65_HS1-834228961_62-HQ-83894_Section_4
Agency: FBI
Page 97
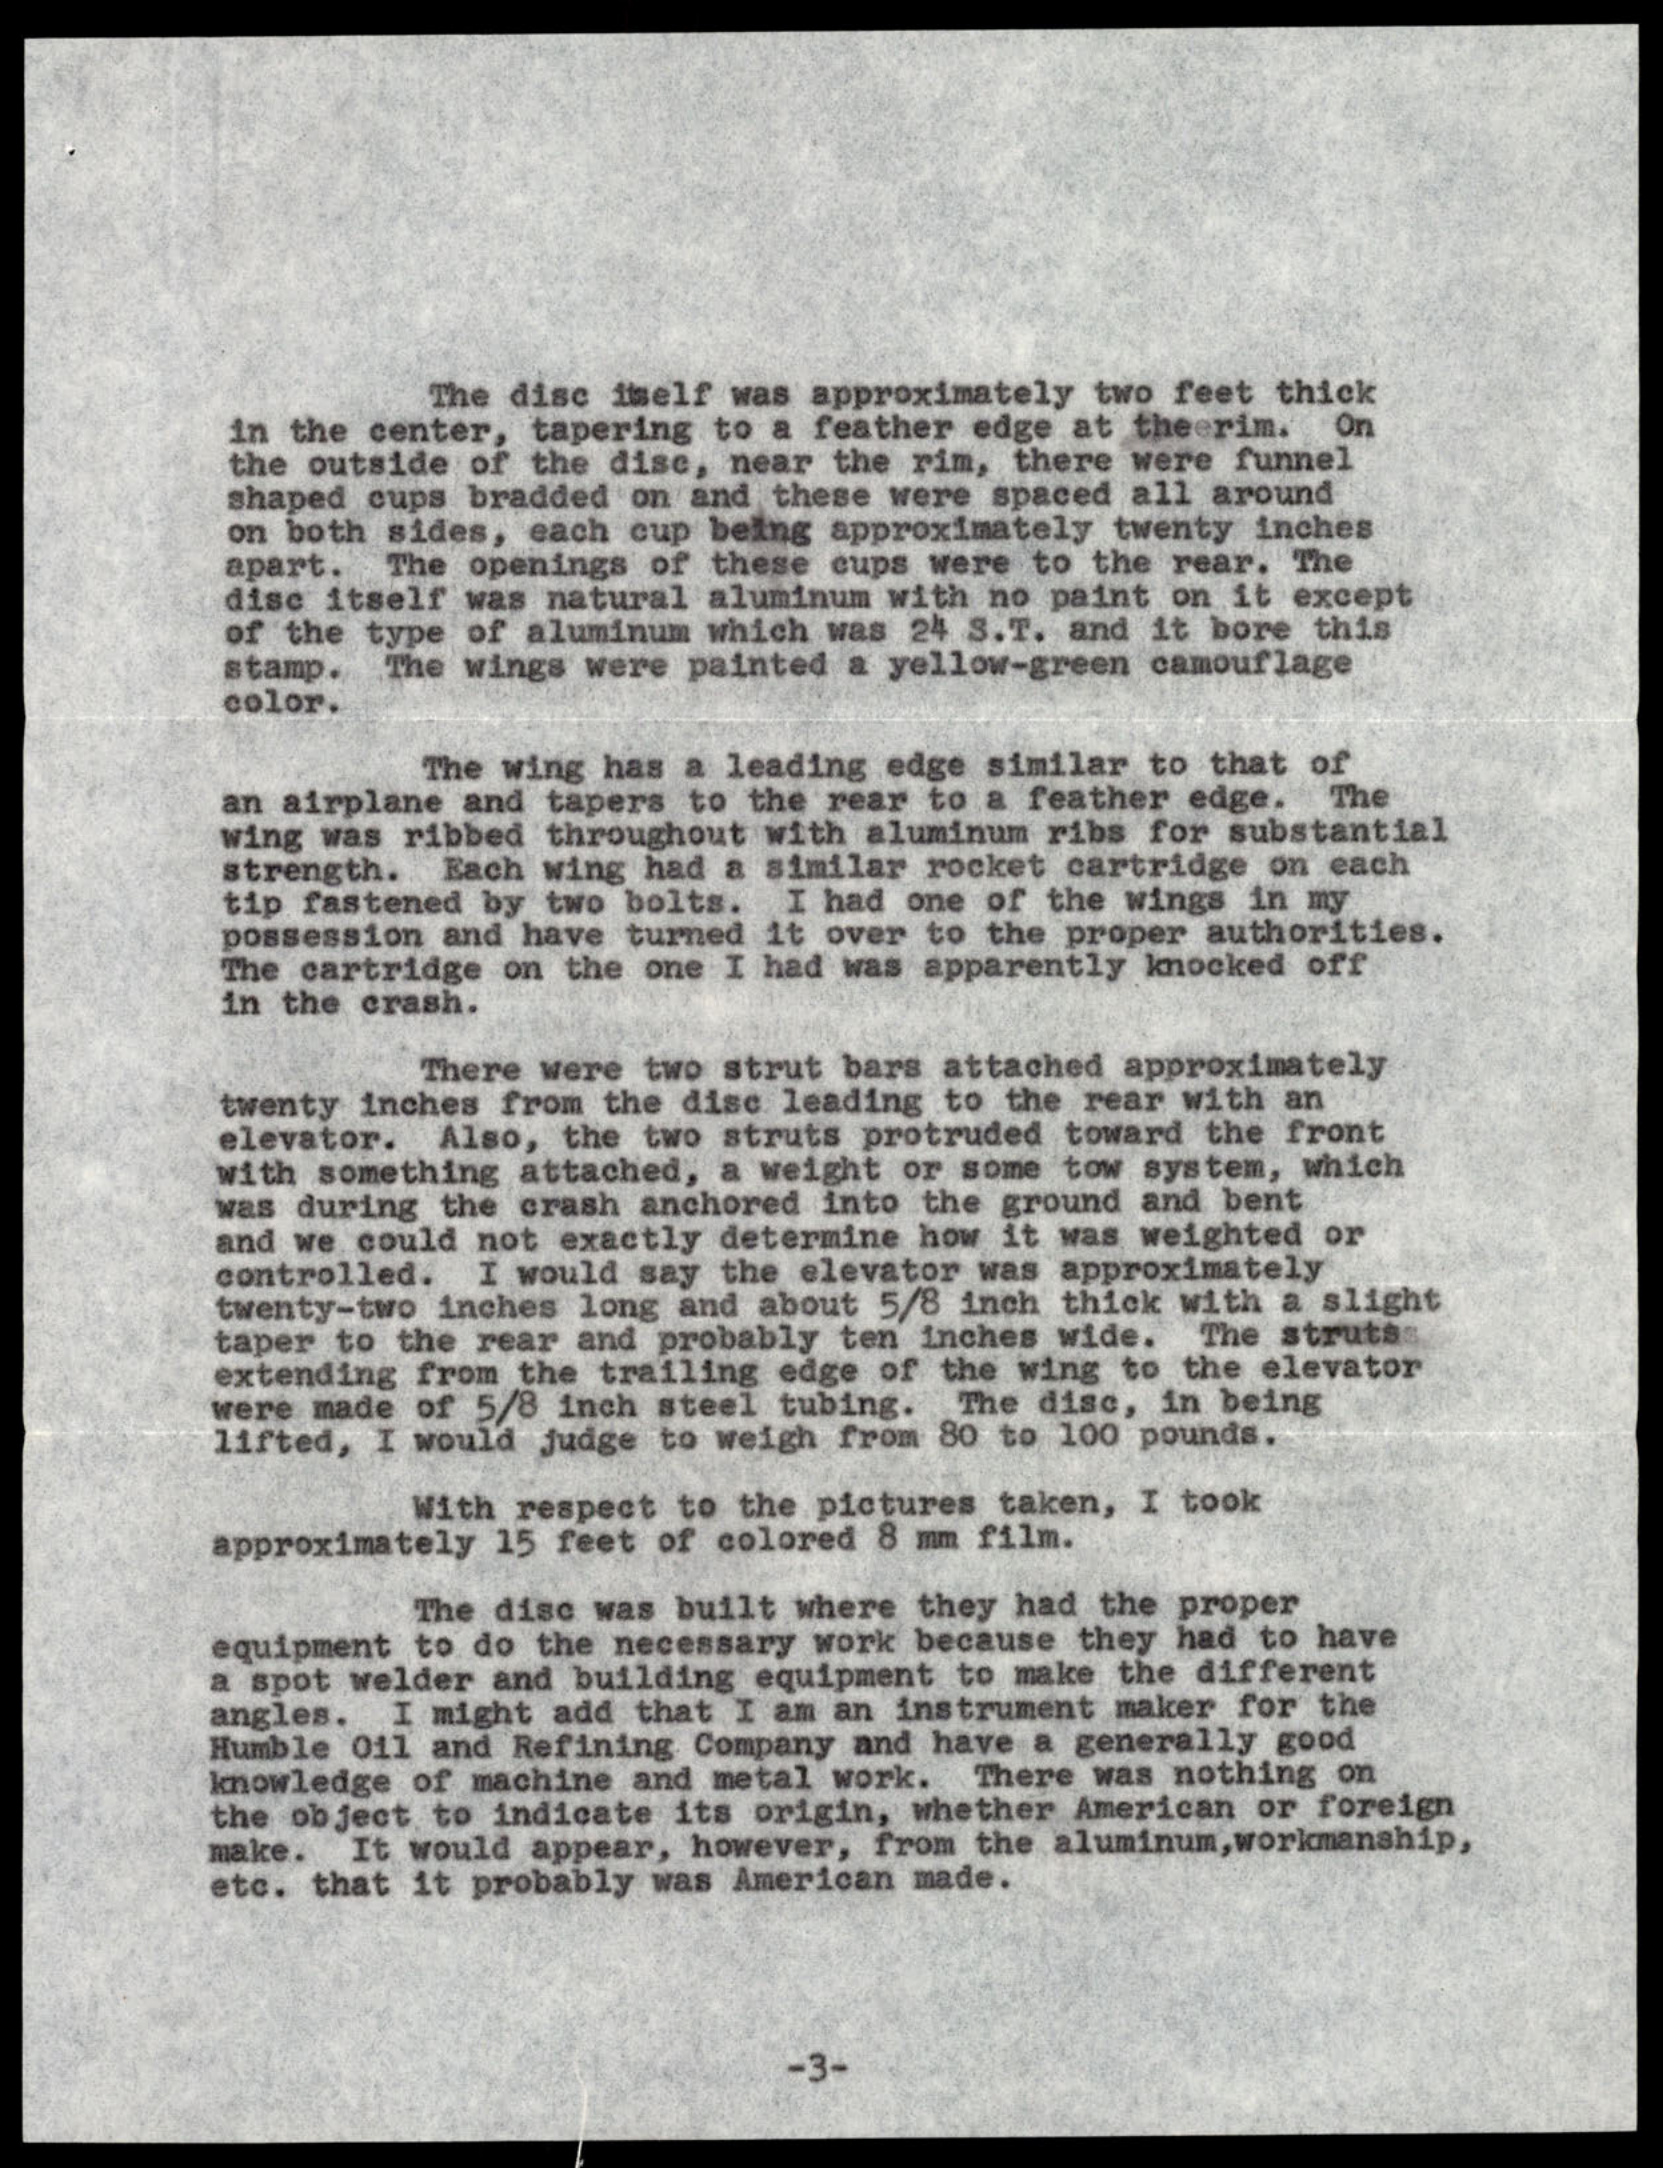